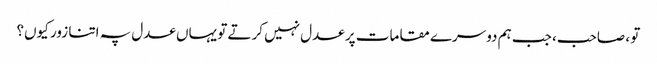
تو ، صاحب، جب ہم دوسرے مقامات پر عدل نہیں کرتے تو یہاں عدل پہ اتنا زور کیوں؟